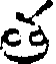
త